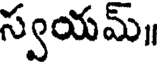
స్వయమ్